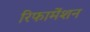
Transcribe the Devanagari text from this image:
रिफामेंशन